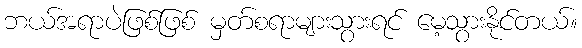
ဘယ်အရာပဲဖြစ်ဖြစ် မှတ်စရာများသွားရင် မေ့သွားနိုင်တယ်။